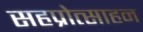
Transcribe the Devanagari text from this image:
सहप्रोत्साहन